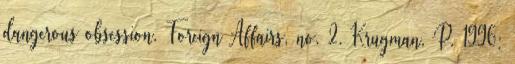
dangerous obsession. Foreign Affairs, no. 2. Krugman, P. 1996: